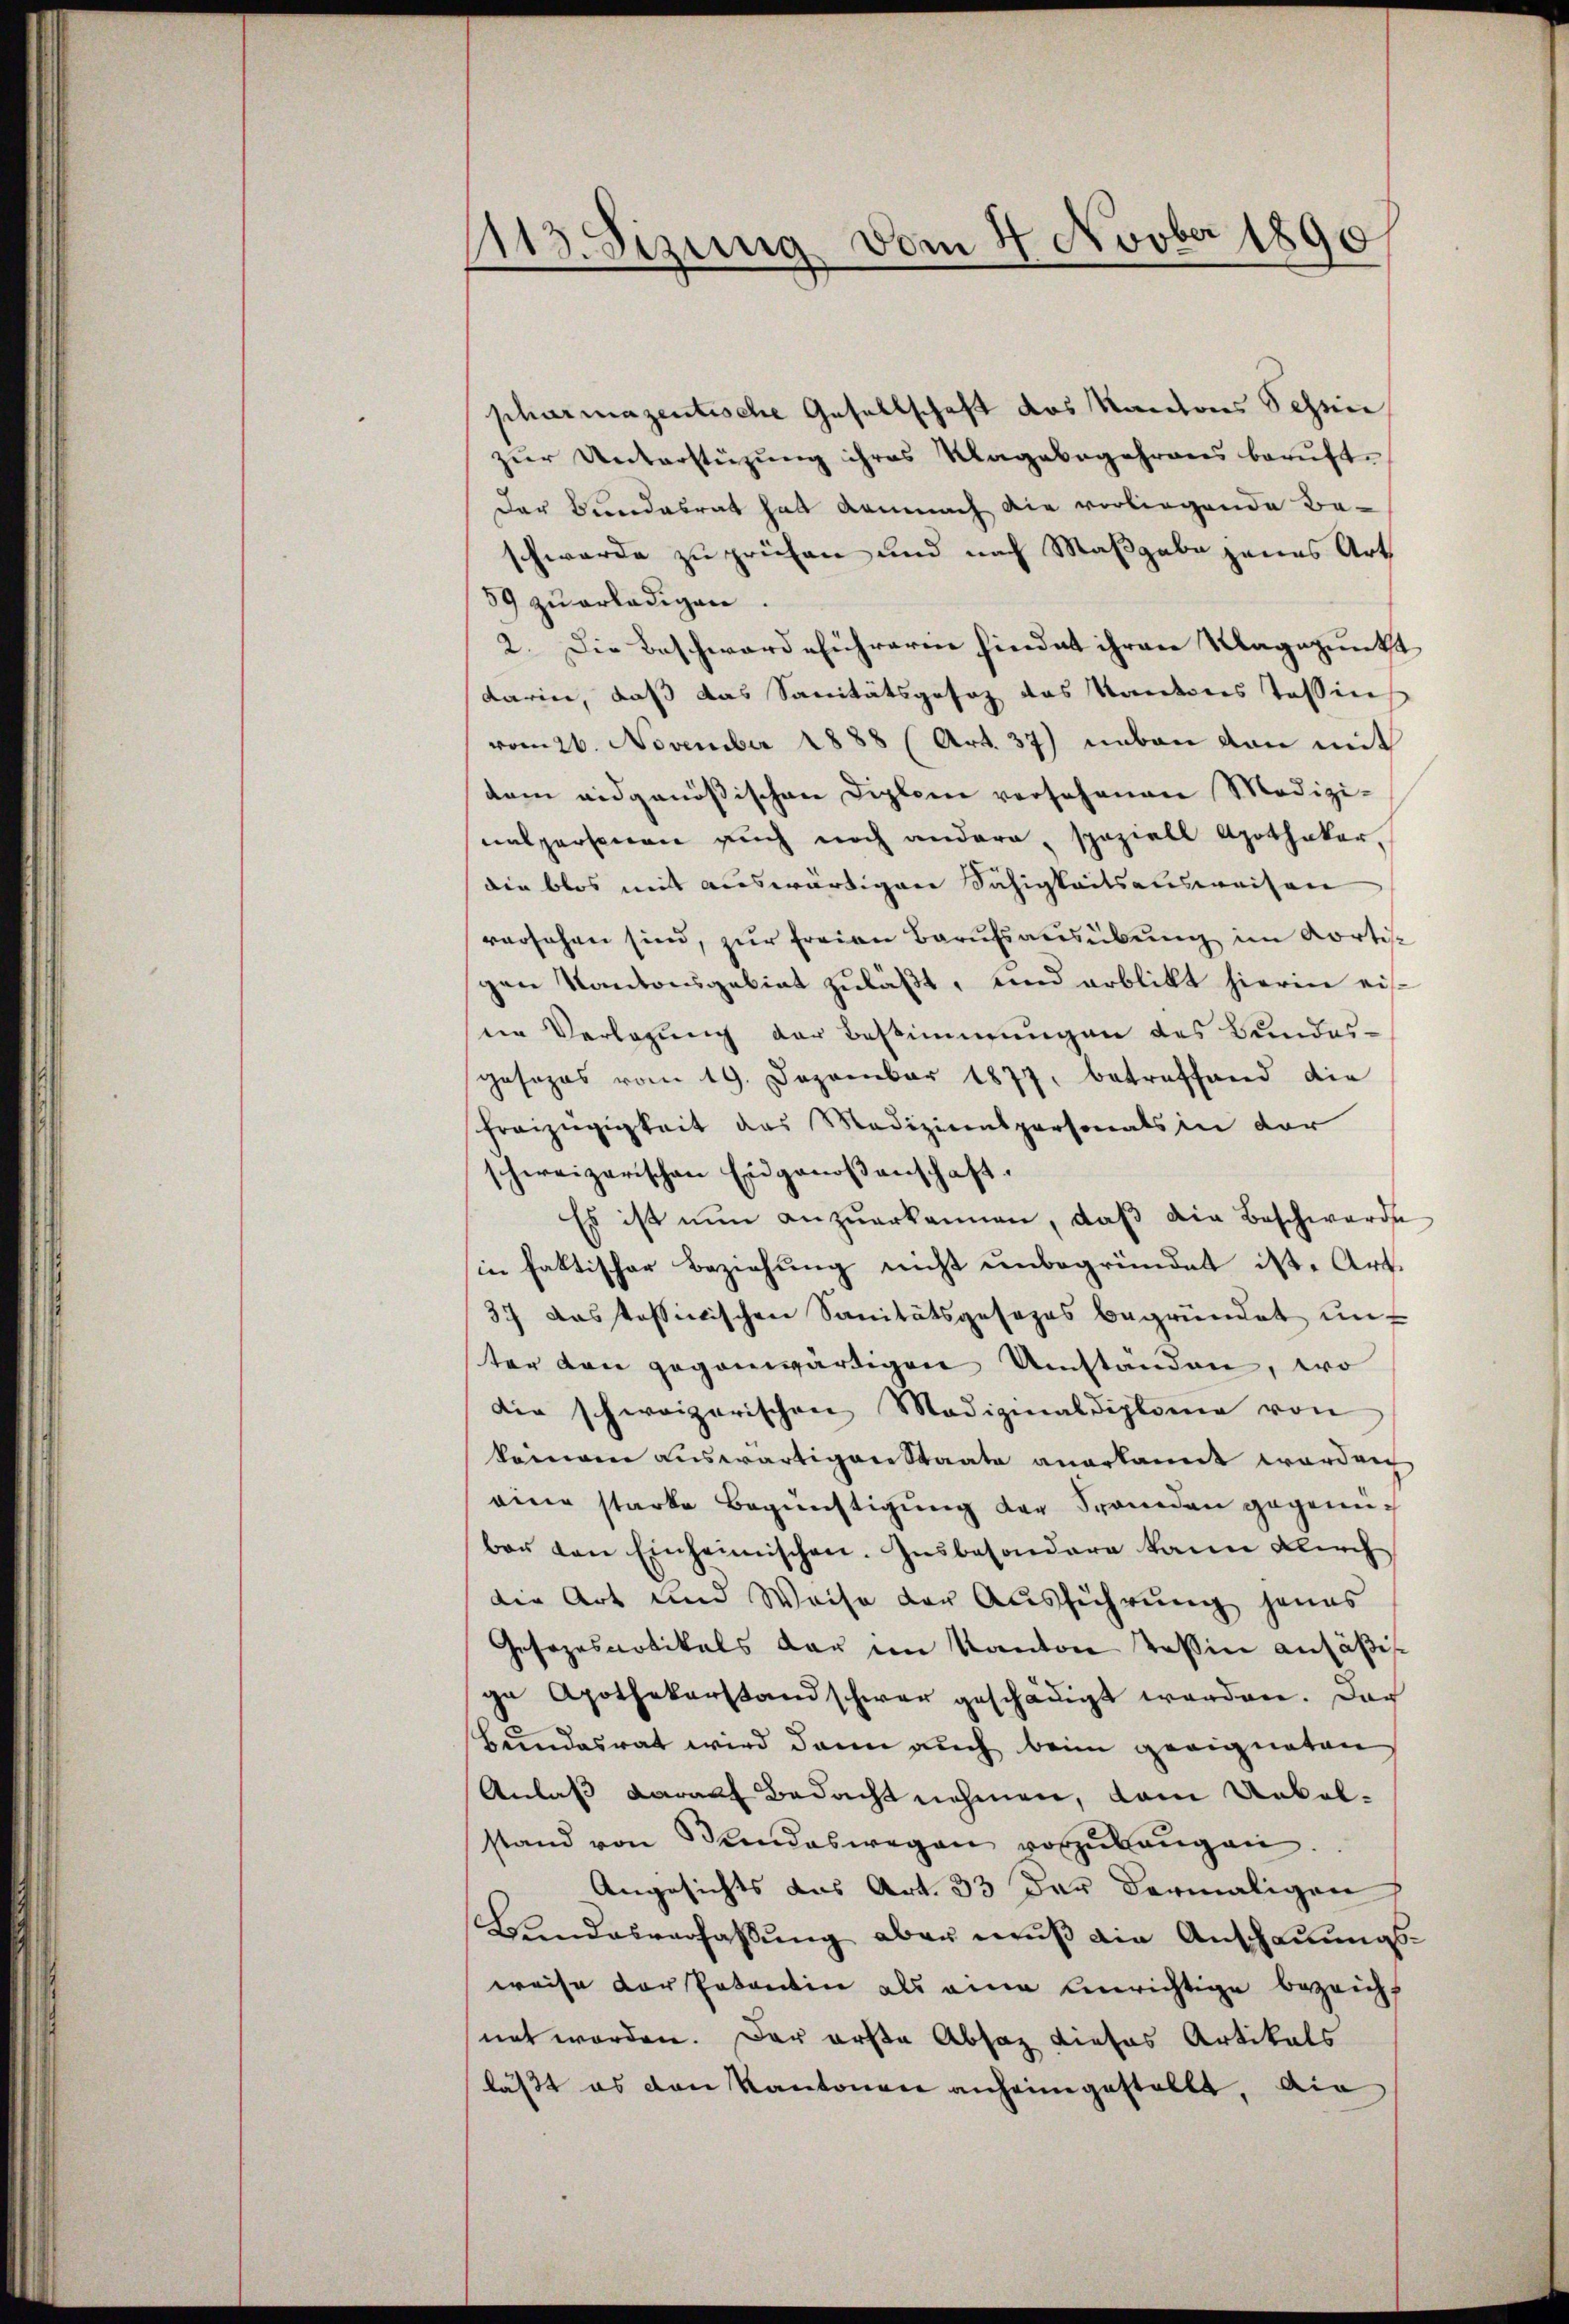
113. Sizung vom 4. Novber 1890
n
.

pharmazentische Gesellschaft des Kantons Schen
zŭr Unterstützŭng ihres Magabegehrens berŭft.
Der Bundesrat hat demnach die vorliegende Be-
schwerde zu prüfen und nach Maßgabe jenes Art
59 zu erledigen.
2. Die Beschwerdeführeren hindat ihren Klagepunkt
darin, daß das Sanitätsgesez das Kantons Tessin
vom 26. November 1888 (Art. 37) neben dan mit
dem eidgenößischen Diplom versehenen Medizinalpersonen auch noch andere, speziell Apotheker,
die blos mit auswärtigen Fähigkeitsausweisen
versehen sind, zur freien Berufsausübung im Kortis-
gen Kantonsgebiet zuläßt, und erblickt hierin eisden Verlegung der Bestimmungen des Bundesgesezes vom 19. Dezember 1877, betreffend die
Freizügigkeit das Medizienspersonals in der
schweizerischen Eidgenoßenschaft.
Es ist nŭn anzŭerkannen, daβ die Beschwerde
in faktischer Beziehung nicht unbegründet ist. Art.
37 dassessinischen Sanitätsgesezes begründet unt
ter den gegenwärtigen Umständen, wo
die schweizerischen Medizinaldiplome von
keinern auswärtigen Staate anerkannt worden
eine starke Begünstigung der Spanden gegenüber von Einheimischen. Insbesondere kam Kirch
die Art und Weise der Ausführung jenes
Gesezesvotikals dar im Kanton Teßin ansäßigge Apothekerstand schwar geschädigt werden. Das
Bundesrat wird dann auch beim geeigneten
Anlaß darauf Bedacht nehmen, dem Uebelstand von Bundeswegen vorzŭbeŭgen.
Angesichts das Art. 33 der dermaligen
Bundesverfassung aber muß die Anschauungsweise der Patentin als eine Unrichtige bezeicht
net worden. Der erste Absaz dieses Artikals
lässt es den Kantonen anheimgestellt, die